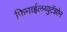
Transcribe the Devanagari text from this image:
फिनाईलब्युटॅझोन